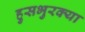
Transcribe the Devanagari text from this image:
हुसभुरक्या